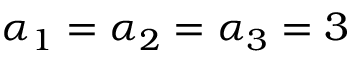
\alpha _ { 1 } = \alpha _ { 2 } = \alpha _ { 3 } = 3